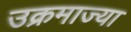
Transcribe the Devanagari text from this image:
उक्रमाज्या